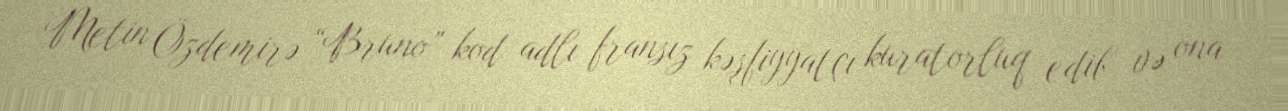
Metin Özdemirə “Bruno” kod adlı fransız kəşfiyyatçı kuratorluq edib və ona